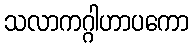
သလာကဂ္ဂါဟာပကော